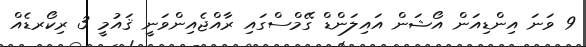
9 ވަނަ އިންޑިއަން އޯޝަން އައިލަންޑް ގޭމްސްގައި ރާއްޖެއިންވަނީ ޤައުމީ 3 ރިކޯރޑެއް